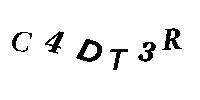
C4DT3R